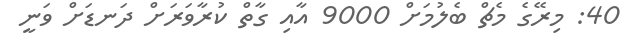
40: މިރޭގެ މެޗް ބެލުމަށް 9000 އާއި ގާތް ކުރާވަރަށް ދަނޑަށް ވަނީ